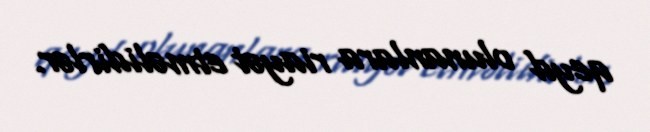
qeyd olunanlara riayət etməlidirlər.